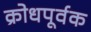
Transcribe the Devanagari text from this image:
क्रोधपूर्वक